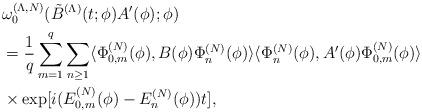
LaTeX: \begin{align*}&\omega_0^{(\Lambda,N)}(\tilde{B}^{(\Lambda)}(t;\phi)A'(\phi);\phi)\\ &=\frac{1}{q}\sum_{m=1}^q \sum_{n\ge 1}\langle\Phi_{0,m}^{(N)}(\phi),B(\phi)\Phi_n^{(N)}(\phi)\rangle \langle\Phi_n^{(N)}(\phi),A'(\phi)\Phi_{0,m}^{(N)}(\phi)\rangle \\ &\times \exp[i(E_{0,m}^{(N)}(\phi)-E_n^{(N)}(\phi))t],\end{align*}